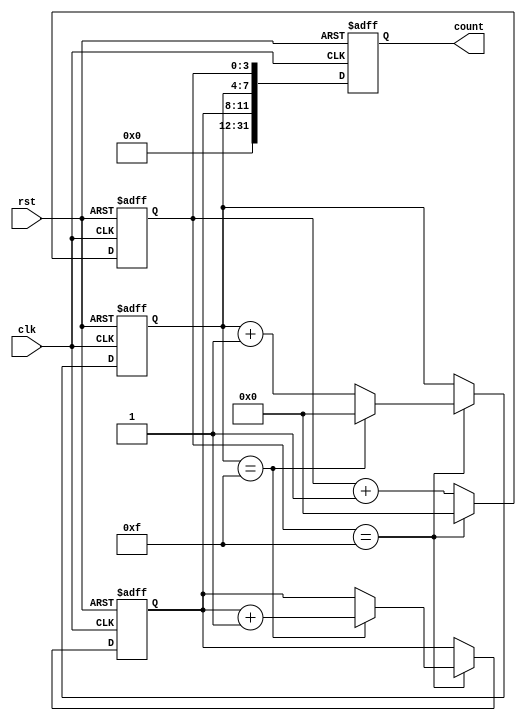
module cascaded_counter(
  input wire clk,
  input wire rst,
  output reg [31:0] count
);

reg [3:0] counter1, counter2, counter3; // Individual counters

always @(posedge clk or posedge rst) begin
  if (rst) begin
    counter1 <= 4'b0000;
    counter2 <= 4'b0000;
    counter3 <= 4'b0000;
    count <= 32'b0;
  end else begin
    counter1 <= counter1 + 1;
    if (counter1 == 4'b1111) begin
      counter1 <= 4'b0000;
      counter2 <= counter2 + 1;
      if (counter2 == 4'b1111) begin
        counter2 <= 4'b0000;
        counter3 <= counter3 + 1;
      end
    end
    count <= {counter3, counter2, counter1};
  end
end

endmodule